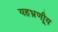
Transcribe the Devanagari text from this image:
यहभ्रूणीय